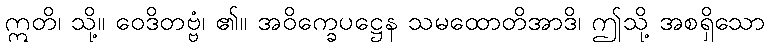
ဣတိ၊ သို့။ ဝေဒိတဗ္ဗံ၊ ၏။ အဝိက္ခေပဋ္ဌေန သမထောတိအာဒိ၊ ဤသို့ အစရှိသော